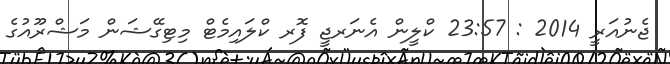
ޖެނުއަރީ 2014 : 23:57 ކްލީން އެނަރޖީ ފޮރ ކްލައިމެޓް މިޓިގޭޝަން މަޝްރޫއުގެ